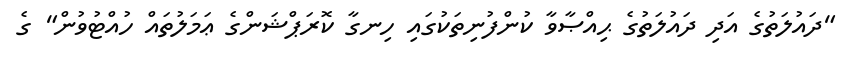
"ދައުލަތުގެ އަދި ދައުލަތުގެ ޙިއްޞާވާ ކުންފުނިތަކުގައި ހިނގާ ކޮރަޕްޝަންގެ ޢަމަލުތައް ހުއްޓުވުން" ގެ